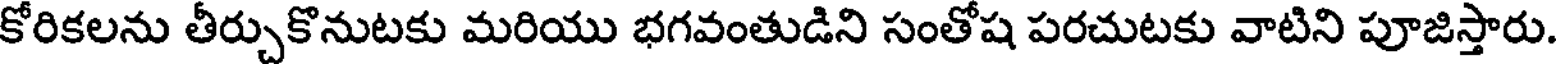
కోరికలను తీర్చుకొనుటకు మరియు భగవంతుడిని సంతోష పరచుటకు వాటిని పూజిస్తారు.